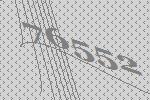
76552